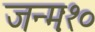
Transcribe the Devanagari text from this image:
जन्मः१०